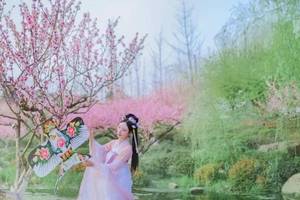
小桃灼灼柳鬖鬖，春色满江南。